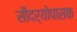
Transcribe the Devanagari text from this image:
सौंदर्योपासक